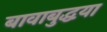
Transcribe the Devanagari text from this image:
बावाबुद्धया